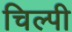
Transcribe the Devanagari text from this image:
चिल्पी